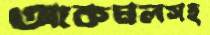
আকমলসহ